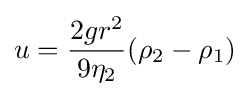
u={\frac {2gr^{2}}{9\eta _{2}}}(\rho _{2}-\rho _{1})\!